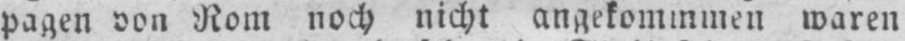
pagen von Rom noch nicht angekommmen waren